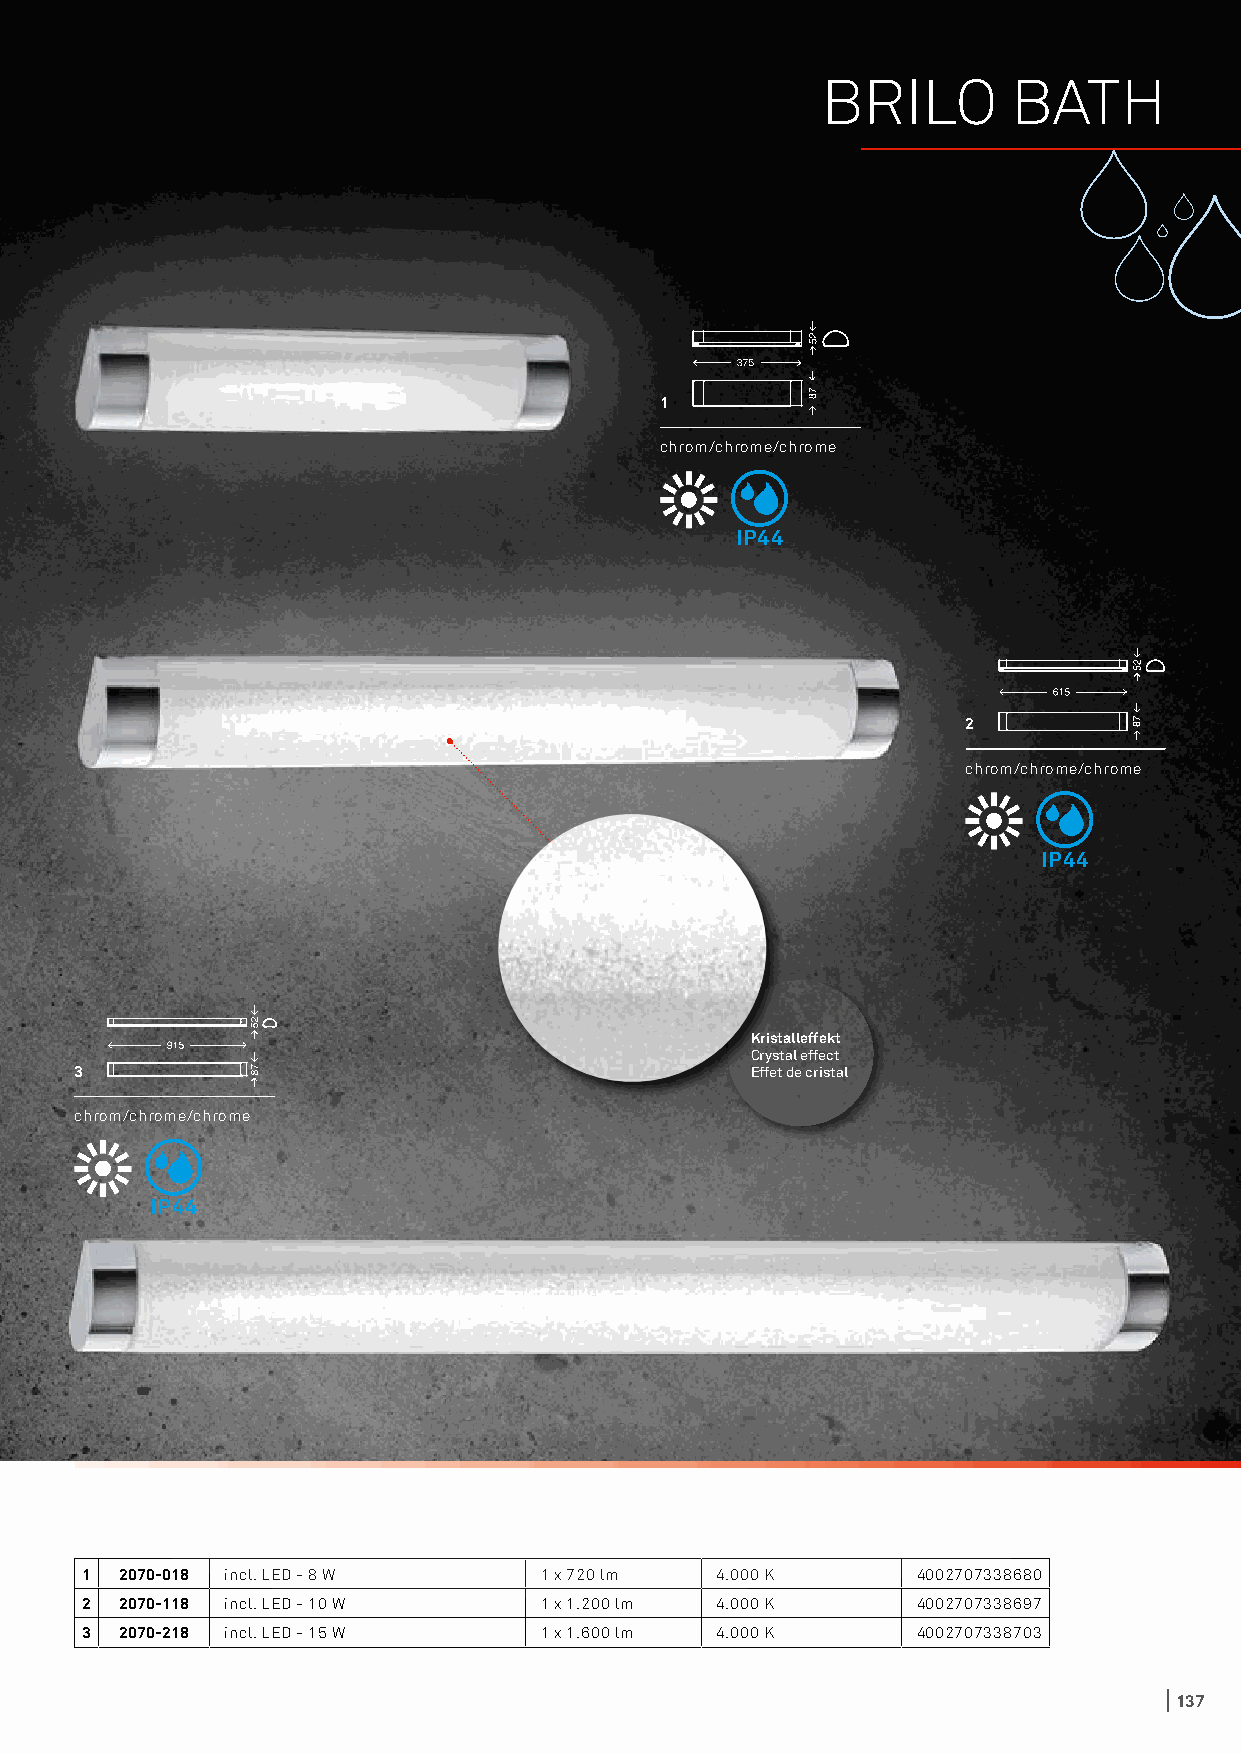
BRILO        BATH
 1
 chrom/chrome/chrome
 IP44
 2
 chrom/chrome/chrome
 IP44
 Kristalleffekt
 Crystal effect
 3                                            Effet de cristal
 chrom/chrome/chrome
 IP44
 1  2070-018 incl. LED - 8 W    1 x 720 lm 4.000 K       4002707338680
 2  2070-118 incl. LED - 10 W   1 x 1.200 lm 4.000 K     4002707338697
 3  2070-218 incl. LED - 15 W   1 x 1.600 lm 4.000 K     4002707338703
 137